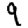
Digit: 9